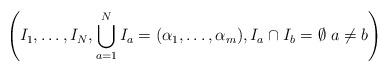
LaTeX: \begin{align*}\left( I_1 , \ldots , I_N ,\bigcup\limits^N_{a=1} I_a = ( \alpha_1 , \ldots , \alpha_m) ,I_a \cap I_b = \emptyset \; a \neq b \right)\end{align*}